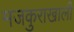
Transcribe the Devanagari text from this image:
मजकुराखाली